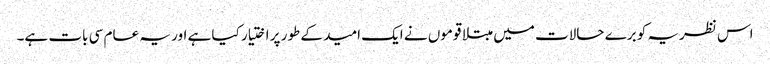
اس نظریہ کو برے حالات میں مبتلا قوموں نے ایک امید کے طور پر اختیار کیا ہے اور یہ عام سی بات ہے۔